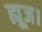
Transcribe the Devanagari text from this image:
ह्यूज।